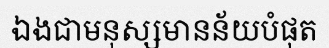
ឯងជាមនុស្សមានន័យបំផុត